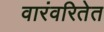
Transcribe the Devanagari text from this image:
वारंवरितेत